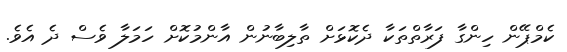
ކެމްޕޭން ހިންގާ ފަރާތްތަކާ ދެކޮޅަށް ތާލިބާނުން އާންމުކޮށް ހަމަލާ ވެސް ދެ އެވެ.